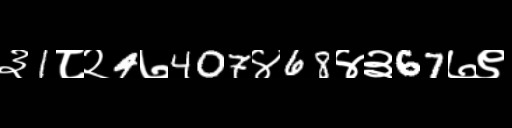
Text: ३1८२4७407४68४३67७९